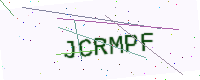
Text: JCRMPF